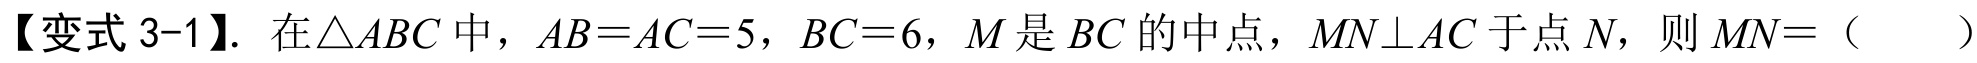
【变式 3-1】. 在\(\triangle ABC\)中，\(AB = AC = 5\)，\(BC = 6\)，\(M\)是\(BC\)的中点，\(MN\perp AC\)于点\(N\)，则\(MN = \)（  ）